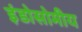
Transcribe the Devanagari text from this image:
इंडोसोमीय